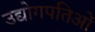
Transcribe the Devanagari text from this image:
उद्योगपतिओं